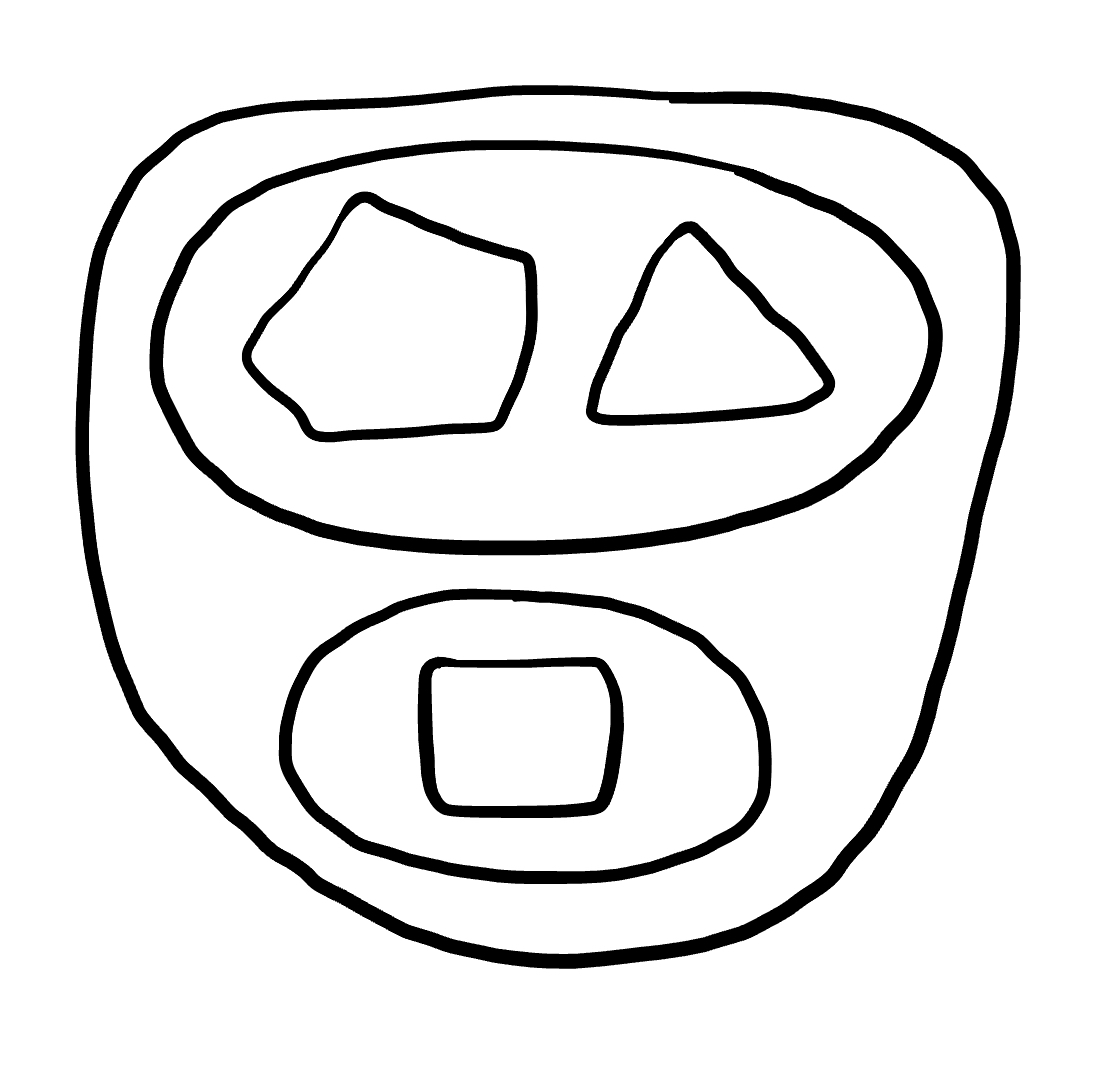
Number of regions (including the outer root region): 7
Containment tree edges (parent, child): 0, 1, 1, 2, 1, 4, 2, 3, 4, 5, 4, 6